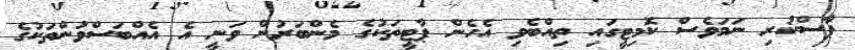
ފާސްކުރި ނަމަވެސް ކޮމިޓީގައި ތިއްބެވި އެހެން ޕާޓީތަކުގެ މެންބަރުން ވަނީ އެ އެއްބަސްވުންތަކުގެ